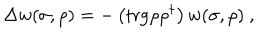
LaTeX: \Delta w ( \sigma , \rho ) = - \left( \mathrm { t r g } \rho \rho ^ { \dagger } \right) w ( \sigma , \rho ) \ ,